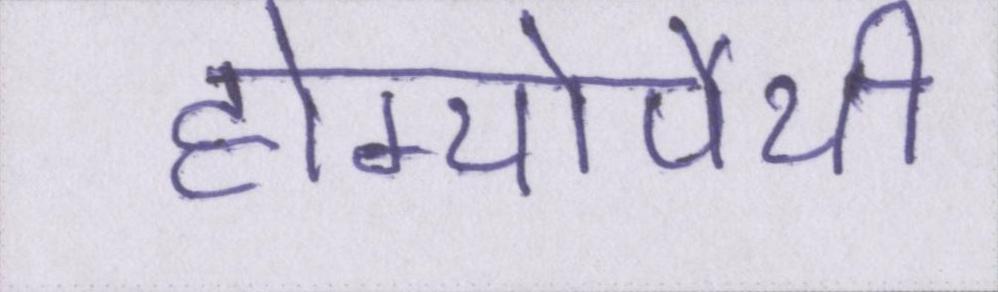
होम्योपैथी